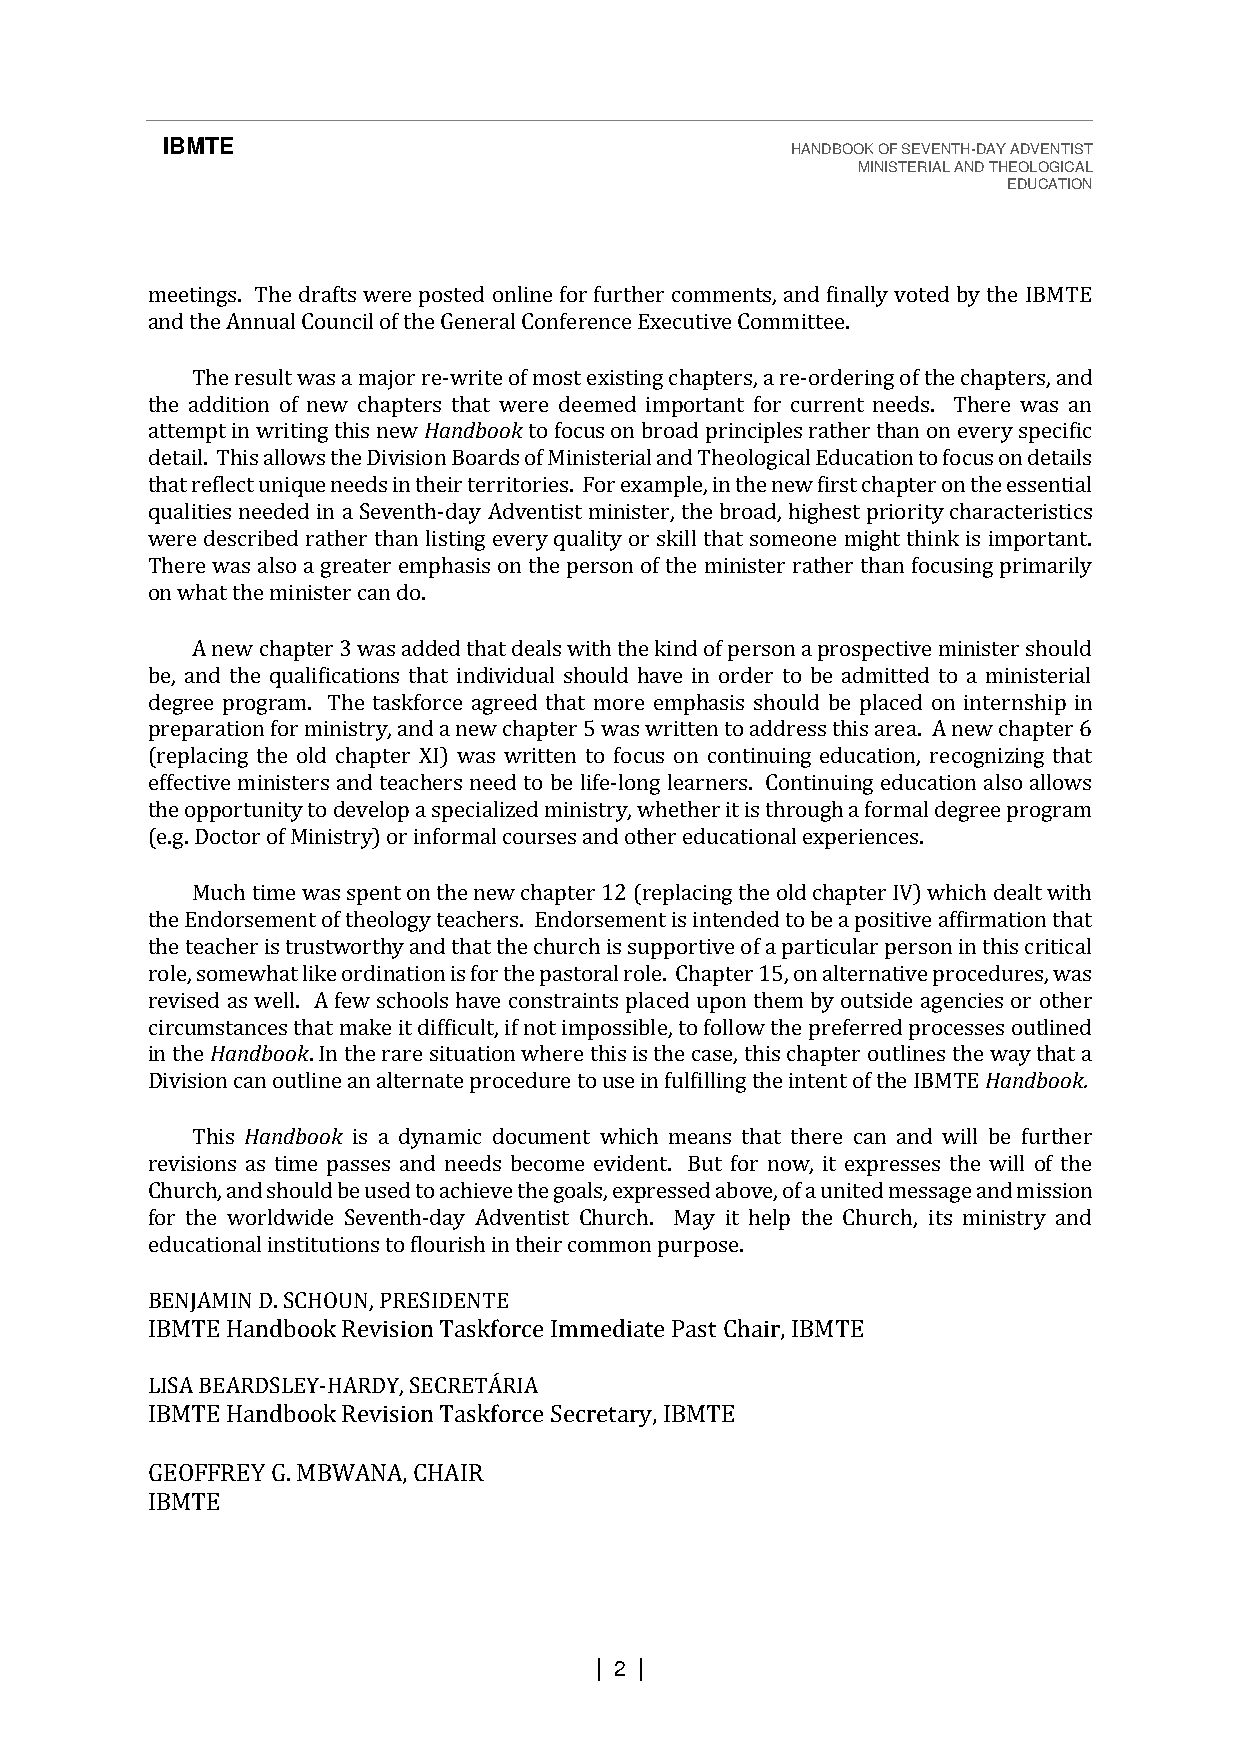
IBMTE                                    HANDBOOK OF SEVENTH-DAY ADVENTIST
 MINISTERIAL AND THEOLOGICAL
 EDUCATION
 meetings. The drafts were posted online for further comments, and finally voted by the IBMTE
 and the Annual Council of the General Conference Executive Committee.
 The result was a major re-write of most existing chapters, a re-ordering of the chapters, and
 the addition of new chapters that were deemed important for current needs. There was an
 attempt in writing this new Handbook to focus on broad principles rather than on every specific
 detail. This allows the Division Boards of Ministerial and Theological Education to focus on details
 that reflect unique needs in their territories. For example, in the new first chapter on the essential
 qualities needed in a Seventh-day Adventist minister, the broad, highest priority characteristics
 were described rather than listing every quality or skill that someone might think is important.
 There was also a greater emphasis on the person of the minister rather than focusing primarily
 on what the minister can do.
 A new chapter 3 was added that deals with the kind of person a prospective minister should
 be, and the qualifications that individual should have in order to be admitted to a ministerial
 degree program. The taskforce agreed that more emphasis should be placed on internship in
 preparation for ministry, and a new chapter 5 was written to address this area. A new chapter 6
 (replacing the old chapter XI) was written to focus on continuing education, recognizing that
 effective ministers and teachers need to be life-long learners. Continuing education also allows
 the opportunity to develop a specialized ministry, whether it is through a formal degree program
 (e.g. Doctor of Ministry) or informal courses and other educational experiences.
 Much time was spent on the new chapter 12 (replacing the old chapter IV) which dealt with
 the Endorsement of theology teachers. Endorsement is intended to be a positive affirmation that
 the teacher is trustworthy and that the church is supportive of a particular person in this critical
 role, somewhat like ordination is for the pastoral role. Chapter 15, on alternative procedures, was
 revised as well. A few schools have constraints placed upon them by outside agencies or other
 circumstances that make it difficult, if not impossible, to follow the preferred processes outlined
 in the Handbook. In the rare situation where this is the case, this chapter outlines the way that a
 Division can outline an alternate procedure to use in fulfilling the intent of the IBMTE Handbook.
 This Handbook is a dynamic document which means that there can and will be further
 revisions as time passes and needs become evident. But for now, it expresses the will of the
 Church, and should be used to achieve the goals, expressed above, of a united message and mission
 for the worldwide Seventh-day Adventist Church. May it help the Church, its ministry and
 educational institutions to flourish in their common purpose.
 BENJAMIN D. SCHOUN, PRESIDENTE
 IBMTE Handbook Revision Taskforce Immediate Past Chair, IBMTE
 LISA BEARDSLEY-HARDY, SECRETÁRIA
 IBMTE Handbook Revision Taskforce Secretary, IBMTE
 GEOFFREY G. MBWANA, CHAIR
 IBMTE
 | 2 |